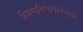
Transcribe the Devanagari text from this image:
शिक्षणविभागाकरता